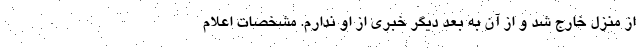
از منزل خارج شد و از آن به بعد دیگر خبری از او ندارم. مشخصات اعلام